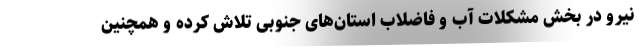
نیرو در بخش مشکلات آب و فاضلاب استان‌های جنوبی تلاش کرده و همچنین